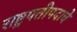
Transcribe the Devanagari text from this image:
राष्ट्रपतीपदाचे